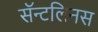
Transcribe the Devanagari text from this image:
सॅन्टलिनस